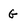
Character: G